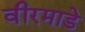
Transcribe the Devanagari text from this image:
वीरमाडे